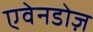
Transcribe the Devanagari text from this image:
एवेनडोज़